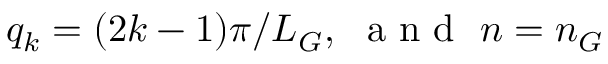
q _ { k } = ( 2 k - 1 ) \pi / L _ { G } , \, \, \mathrm { ~ a ~ n ~ d ~ } \, \, n = n _ { G }